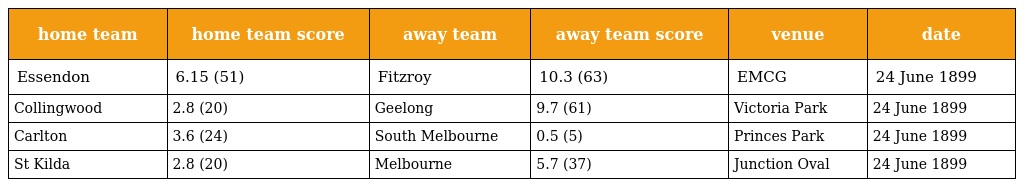
| home team | home team score | away team | away team score | venue | date |
 | --- | --- | --- | --- | --- | --- |
 | Essendon | 6.15 (51) | Fitzroy | 10.3 (63) | EMCG | 24 June 1899 |
 | Collingwood | 2.8 (20) | Geelong | 9.7 (61) | Victoria Park | 24 June 1899 |
 | Carlton | 3.6 (24) | South Melbourne | 0.5 (5) | Princes Park | 24 June 1899 |
 | St Kilda | 2.8 (20) | Melbourne | 5.7 (37) | Junction Oval | 24 June 1899 |